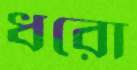
ধরো